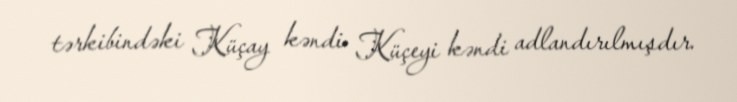
tərkibindəki Küçay kəndi Küçeyi kəndi adlandırılmışdır.